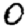
Digit: 0